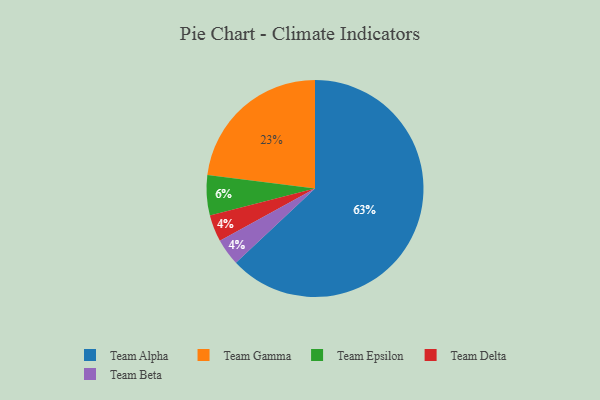
{"axis": {"x": "Category", "y": "Percentage"}, "legend": ["Team Alpha", "Team Beta", "Team Delta", "Team Epsilon", "Team Gamma"], "data": [{"x": "Team Epsilon", "y": 6, "type": "Team Epsilon"}, {"x": "Team Gamma", "y": 23, "type": "Team Gamma"}, {"x": "Team Delta", "y": 4, "type": "Team Delta"}, {"x": "Team Beta", "y": 4, "type": "Team Beta"}, {"x": "Team Alpha", "y": 63, "type": "Team Alpha"}]}